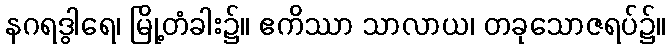
နဂရဒွါရေ၊ မြို့တံခါး၌။ ဧကိဿာ သာလာယ၊ တခုသောဇရပ်၌။